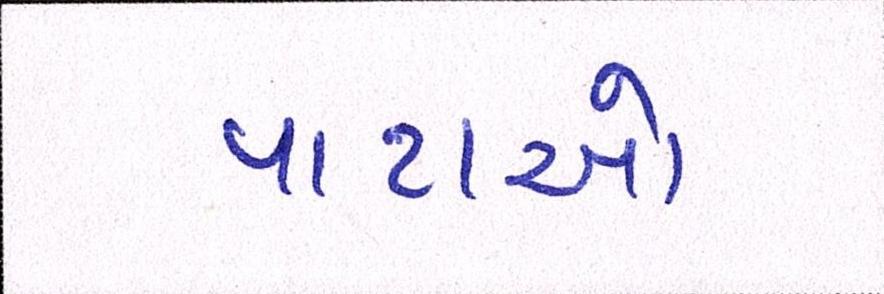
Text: પાટાઓ